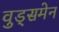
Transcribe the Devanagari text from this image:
वुड्समेन